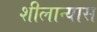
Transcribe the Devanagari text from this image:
शीलान्यास